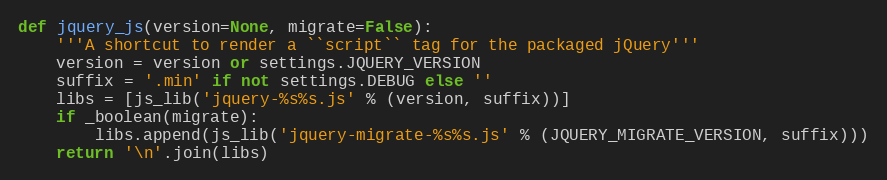
Language: Python
def jquery_js(version=None, migrate=False):
    '''A shortcut to render a ``script`` tag for the packaged jQuery'''
    version = version or settings.JQUERY_VERSION
    suffix = '.min' if not settings.DEBUG else ''
    libs = [js_lib('jquery-%s%s.js' % (version, suffix))]
    if _boolean(migrate):
        libs.append(js_lib('jquery-migrate-%s%s.js' % (JQUERY_MIGRATE_VERSION, suffix)))
    return '\n'.join(libs)